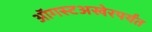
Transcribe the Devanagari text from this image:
ऑगस्टअखेरपर्यंत